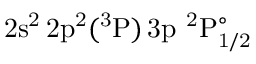
\mathrm { 2 s ^ { 2 } \, 2 p ^ { 2 } ( ^ { 3 } P ) \, 3 p ~ ^ { 2 } P _ { 1 / 2 } ^ { \circ } }